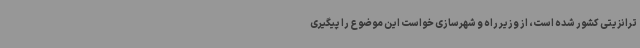
ترانزیتی کشور شده است، از وزیر راه و شهرسازی خواست این موضوع را پیگیری